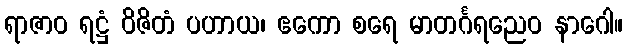
ရာဇာဝ ရဋ္ဌံ ဝိဇိတံ ပဟာယ၊ ဧကော စရေ မာတင်္ဂရညေဝ နာဂေါ။